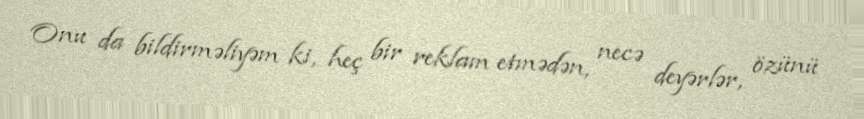
Onu da bildirməliyəm ki, heç bir reklam etmədən, necə deyərlər, özünü